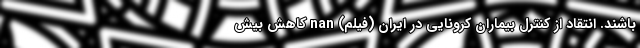
باشند. انتقاد از کنترل بیماران کرونایی در ایران (فیلم) nan کاهش بیش